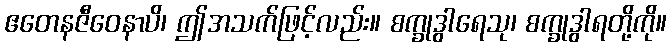
ဧတေနဇီဝေနာပိ၊ ဤအသက်ဖြင့်လည်း။ စက္ခုဒွါရေသု၊ စက္ခုဒွါရတို့ကို။